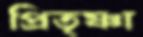
প্রিতৃষ্ণা